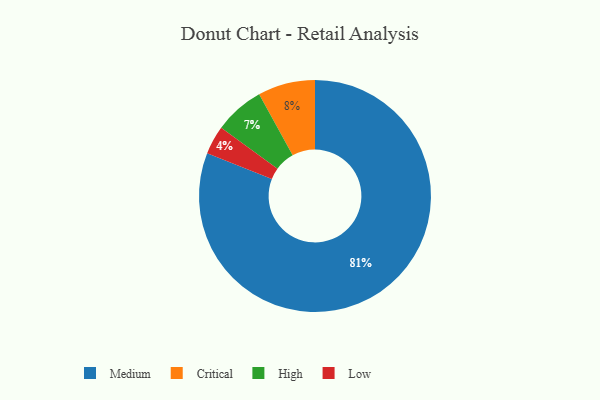
{"axis": {"x": "Category", "y": "Percentage"}, "legend": ["Critical", "High", "Low", "Medium"], "data": [{"x": "High", "y": 7, "type": "High"}, {"x": "Medium", "y": 81, "type": "Medium"}, {"x": "Critical", "y": 8, "type": "Critical"}, {"x": "Low", "y": 4, "type": "Low"}]}